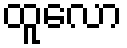
ထူလော